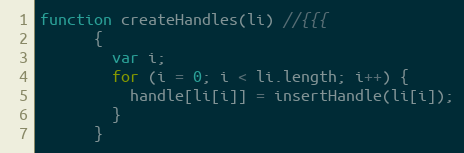
Language: JavaScript
function createHandles(li) //{{{
      {
        var i;
        for (i = 0; i < li.length; i++) {
          handle[li[i]] = insertHandle(li[i]);
        }
      }